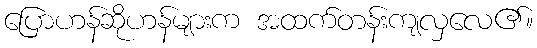
ပြောဟန်ဆိုဟန်များက အထက်တန်းကျလှလေ၏။